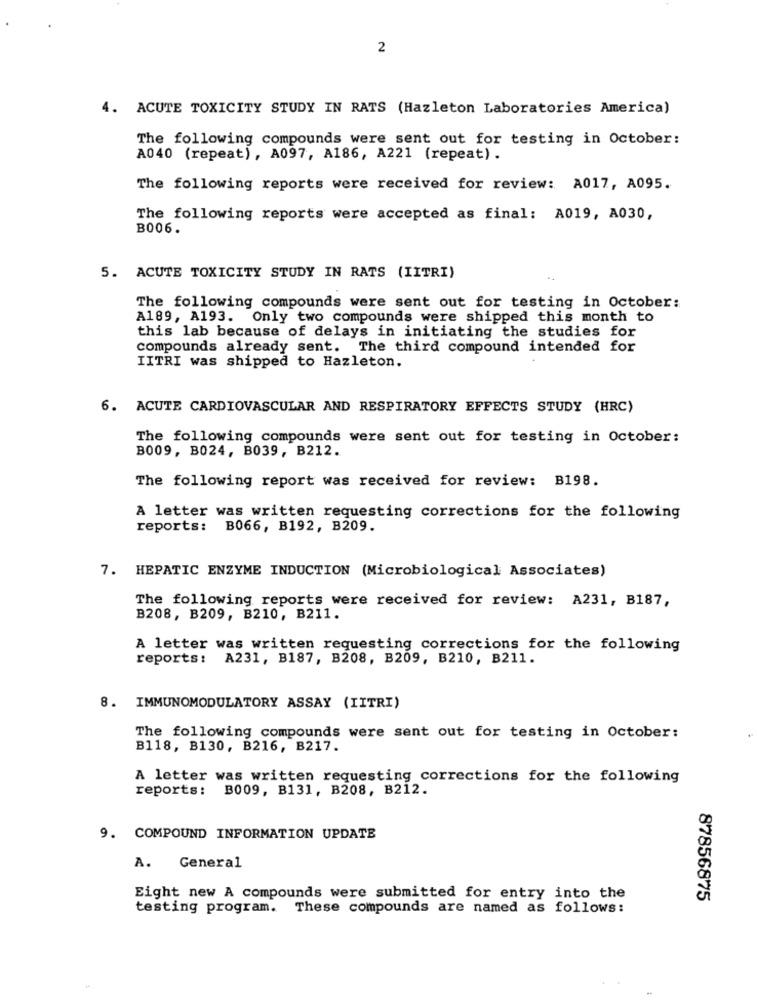
2
4. ACUTE TOXICITY STUDY IN RATS (Hazleton Laboratories America)
The following compounds were sent out for testing in October:
A040 (repeat), A097, A186, A221 (repeat).
The following reports were received for review: A017, A095.
The following reports were accepted as final: A019, A030,
B006.
5. ACUTE TOXICITY STUDY IN RATS (IITRI)
The following compounds were sent out for testing in October:
A189, A193. Only two compounds were shipped this month to
this lab because of delays in initiating the studies for
compounds already sent. The third compound intended for
IITRI was shipped to Hazleton.
6. ACUTE CARDIOVASCULAR AND RESPIRATORY EFFECTS STUDY (HRC)
The following compounds were sent out for testing in October:
B009, B024, B039, B212.
The following report was received for review: B198.
A letter was written requesting corrections for the following
reports: B066, B192, B209.
7. HEPATIC ENZYME INDUCTION (Microbiological Associates)
The following reports were received for review: A231, B187,
B208, B209, B210, B211.
A letter was written requesting corrections for the following
reports: A231, B187, B208, B209, B210, B211.
8. IMMUNOMODULATORY ASSAY (IITRI)
The following compounds were sent out for testing in October:
B118, B130, B216, B217.
A letter was written requesting corrections for the following
reports: B009, B131, B208, B212.
9. COMPOUND INFORMATION UPDATE
A. General
Eight new A compounds were submitted for entry into the
87856875
testing program. These compounds are named as follows: